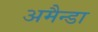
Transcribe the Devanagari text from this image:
अमैन्डा